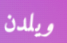
ويلدن